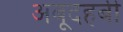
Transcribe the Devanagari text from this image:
अबूदहबी